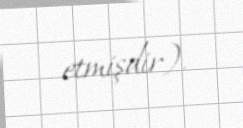
etmişdir).